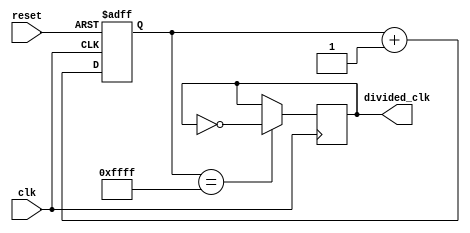
module ripple_counter_clock_divider (
    input wire clk,
    input wire reset,
    output reg divided_clk
);

reg [15:0] counter;

always @ (posedge clk or posedge reset) begin
    if (reset) begin
        counter <= 16'h0000;
    end else begin
        counter <= counter + 1;
    end
end

always @ (posedge clk) begin
    if (counter == 16'hFFFF) begin
        divided_clk <= ~divided_clk;
    end
end

endmodule